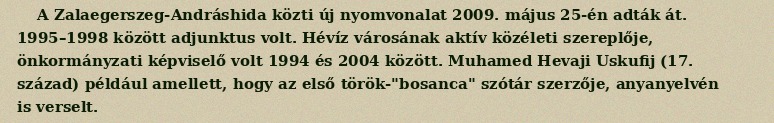
A Zalaegerszeg-Andráshida közti új nyomvonalat 2009. május 25-én adták át. 1995–1998 között adjunktus volt. Hévíz városának aktív közéleti szereplője, önkormányzati képviselő volt 1994 és 2004 között. Muhamed Hevaji Uskufij (17. század) például amellett, hogy az első török-"bosanca" szótár szerzője, anyanyelvén is verselt.